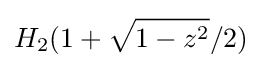
H_{2}(1+{\sqrt {1-z^{2}}}/2)